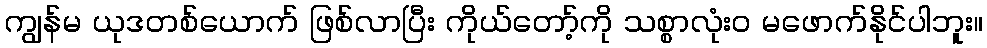
ကျွန်မ ယုဒတစ်ယောက် ဖြစ်လာပြီး ကိုယ်တော့်ကို သစ္စာလုံးဝ မဖောက်နိုင်ပါဘူး။